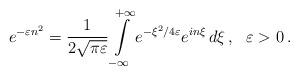
LaTeX: \begin{align*}e^{-\varepsilon{}n^2}=\frac{1}{2\sqrt{\pi\varepsilon}}\int\limits_{-\infty}^{+\infty}e^{-\xi^2/4\varepsilon}e^{in\xi}\,d\xi\,, \ \ \varepsilon>0\,.\end{align*}